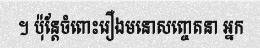
។ ប៉ុន្តែចំពោះរឿងមនោសញ្ចេតនា អ្នក